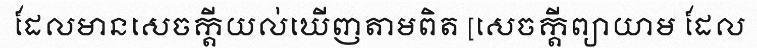
ដែលមានសេចក្តីយល់ឃើញតាមពិត [សេចក្តីព្យាយាម ដែល